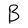
Character: B